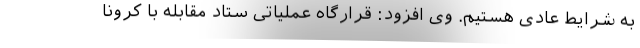
به شرایط عادی هستیم. وی افزود: قرارگاه عملیاتی ستاد مقابله با کرونا